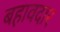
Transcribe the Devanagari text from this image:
बहावदार